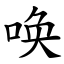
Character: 唤